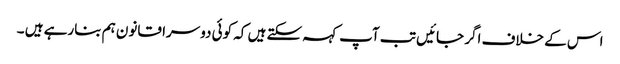
اس کے خلاف اگر جائیں تب آپ کہہ سکتے ہیں کہ کوئی دوسرا قانون ہم بنارہے ہیں ۔